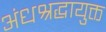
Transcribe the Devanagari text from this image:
अंधश्रद्धायुक्त